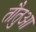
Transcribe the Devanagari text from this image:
तौतुआ